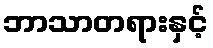
ဘာသာတရားနှင့်